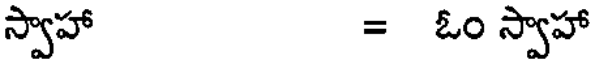
స్వాహా = ఓం స్వాహా